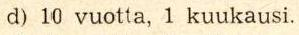
d) 10 vuotta, 1 kuukausi.